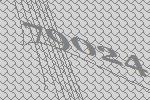
79024